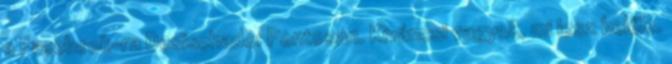
a Facebook-ra Desischado: Pontosan. Kiváncsi vagyok, mi lesz belőle.